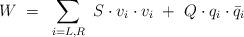
LaTeX: \begin{align*}W ~= ~\sum_{i = L, R} ~ S \cdot v_i \cdot v_i ~+~ Q \cdot q_i \cdot \bar{q}_i\end{align*}